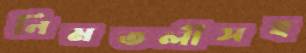
নিমতলীসহ